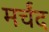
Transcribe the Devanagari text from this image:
मर्चंद